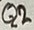
Text: Q2